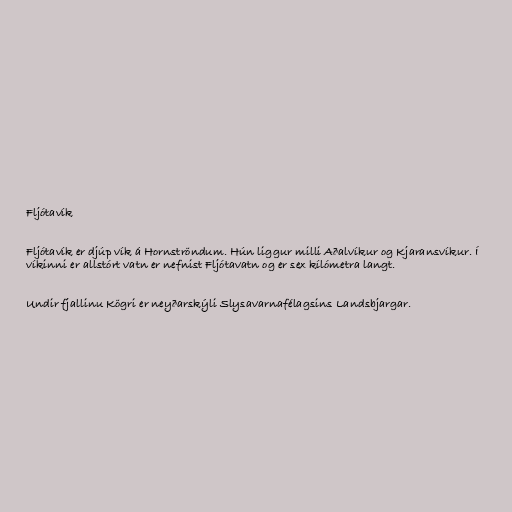
Fljótavík

Fljótavík er djúp vík á Hornströndum. Hún liggur milli Aðalvíkur og Kjaransvíkur. Í
víkinni er allstórt vatn er nefnist Fljótavatn og er sex kílómetra langt.

Undir fjallinu Kögri er neyðarskýli Slysavarnafélagsins Landsbjargar.